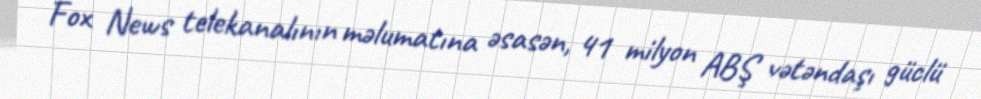
Fox News telekanalının məlumatına əsasən, 41 milyon ABŞ vətəndaşı güclü